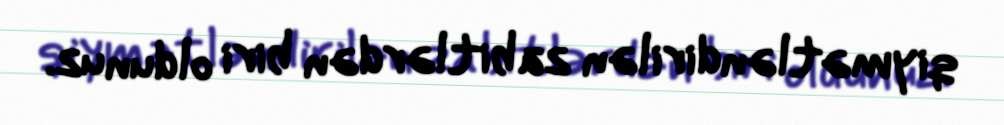
qiymətləndirilən zabitlərdən biri oldunuz.